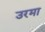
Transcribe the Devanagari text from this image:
उरमा